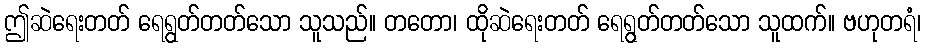
ဤဆဲရေးတတ် ရေရွတ်တတ်သော သူသည်။ တတော၊ ထိုဆဲရေးတတ် ရေရွတ်တတ်သော သူထက်။ ဗဟုတရံ၊